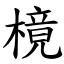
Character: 樈